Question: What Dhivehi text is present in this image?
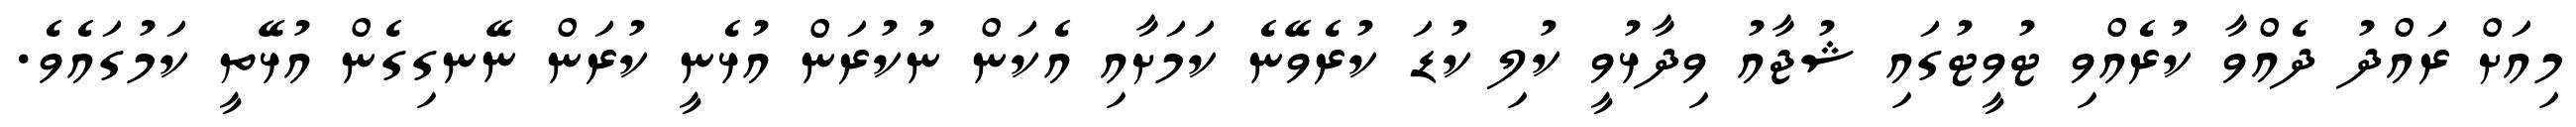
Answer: މިއަށް ރައްދު ދެއްވާ ކުރެއްވި ޓުވީޓުގައި ޝުޖާއު ވިދާޅުވީ ކުލި ކުޑަ ކުރެވޭނެ ކަމަށާއި އެކަން ނުކުރަން އުޅެނީ ކުރަން ނޭނގިގެން އުޅޭތީ ކަމުގައެވެ.